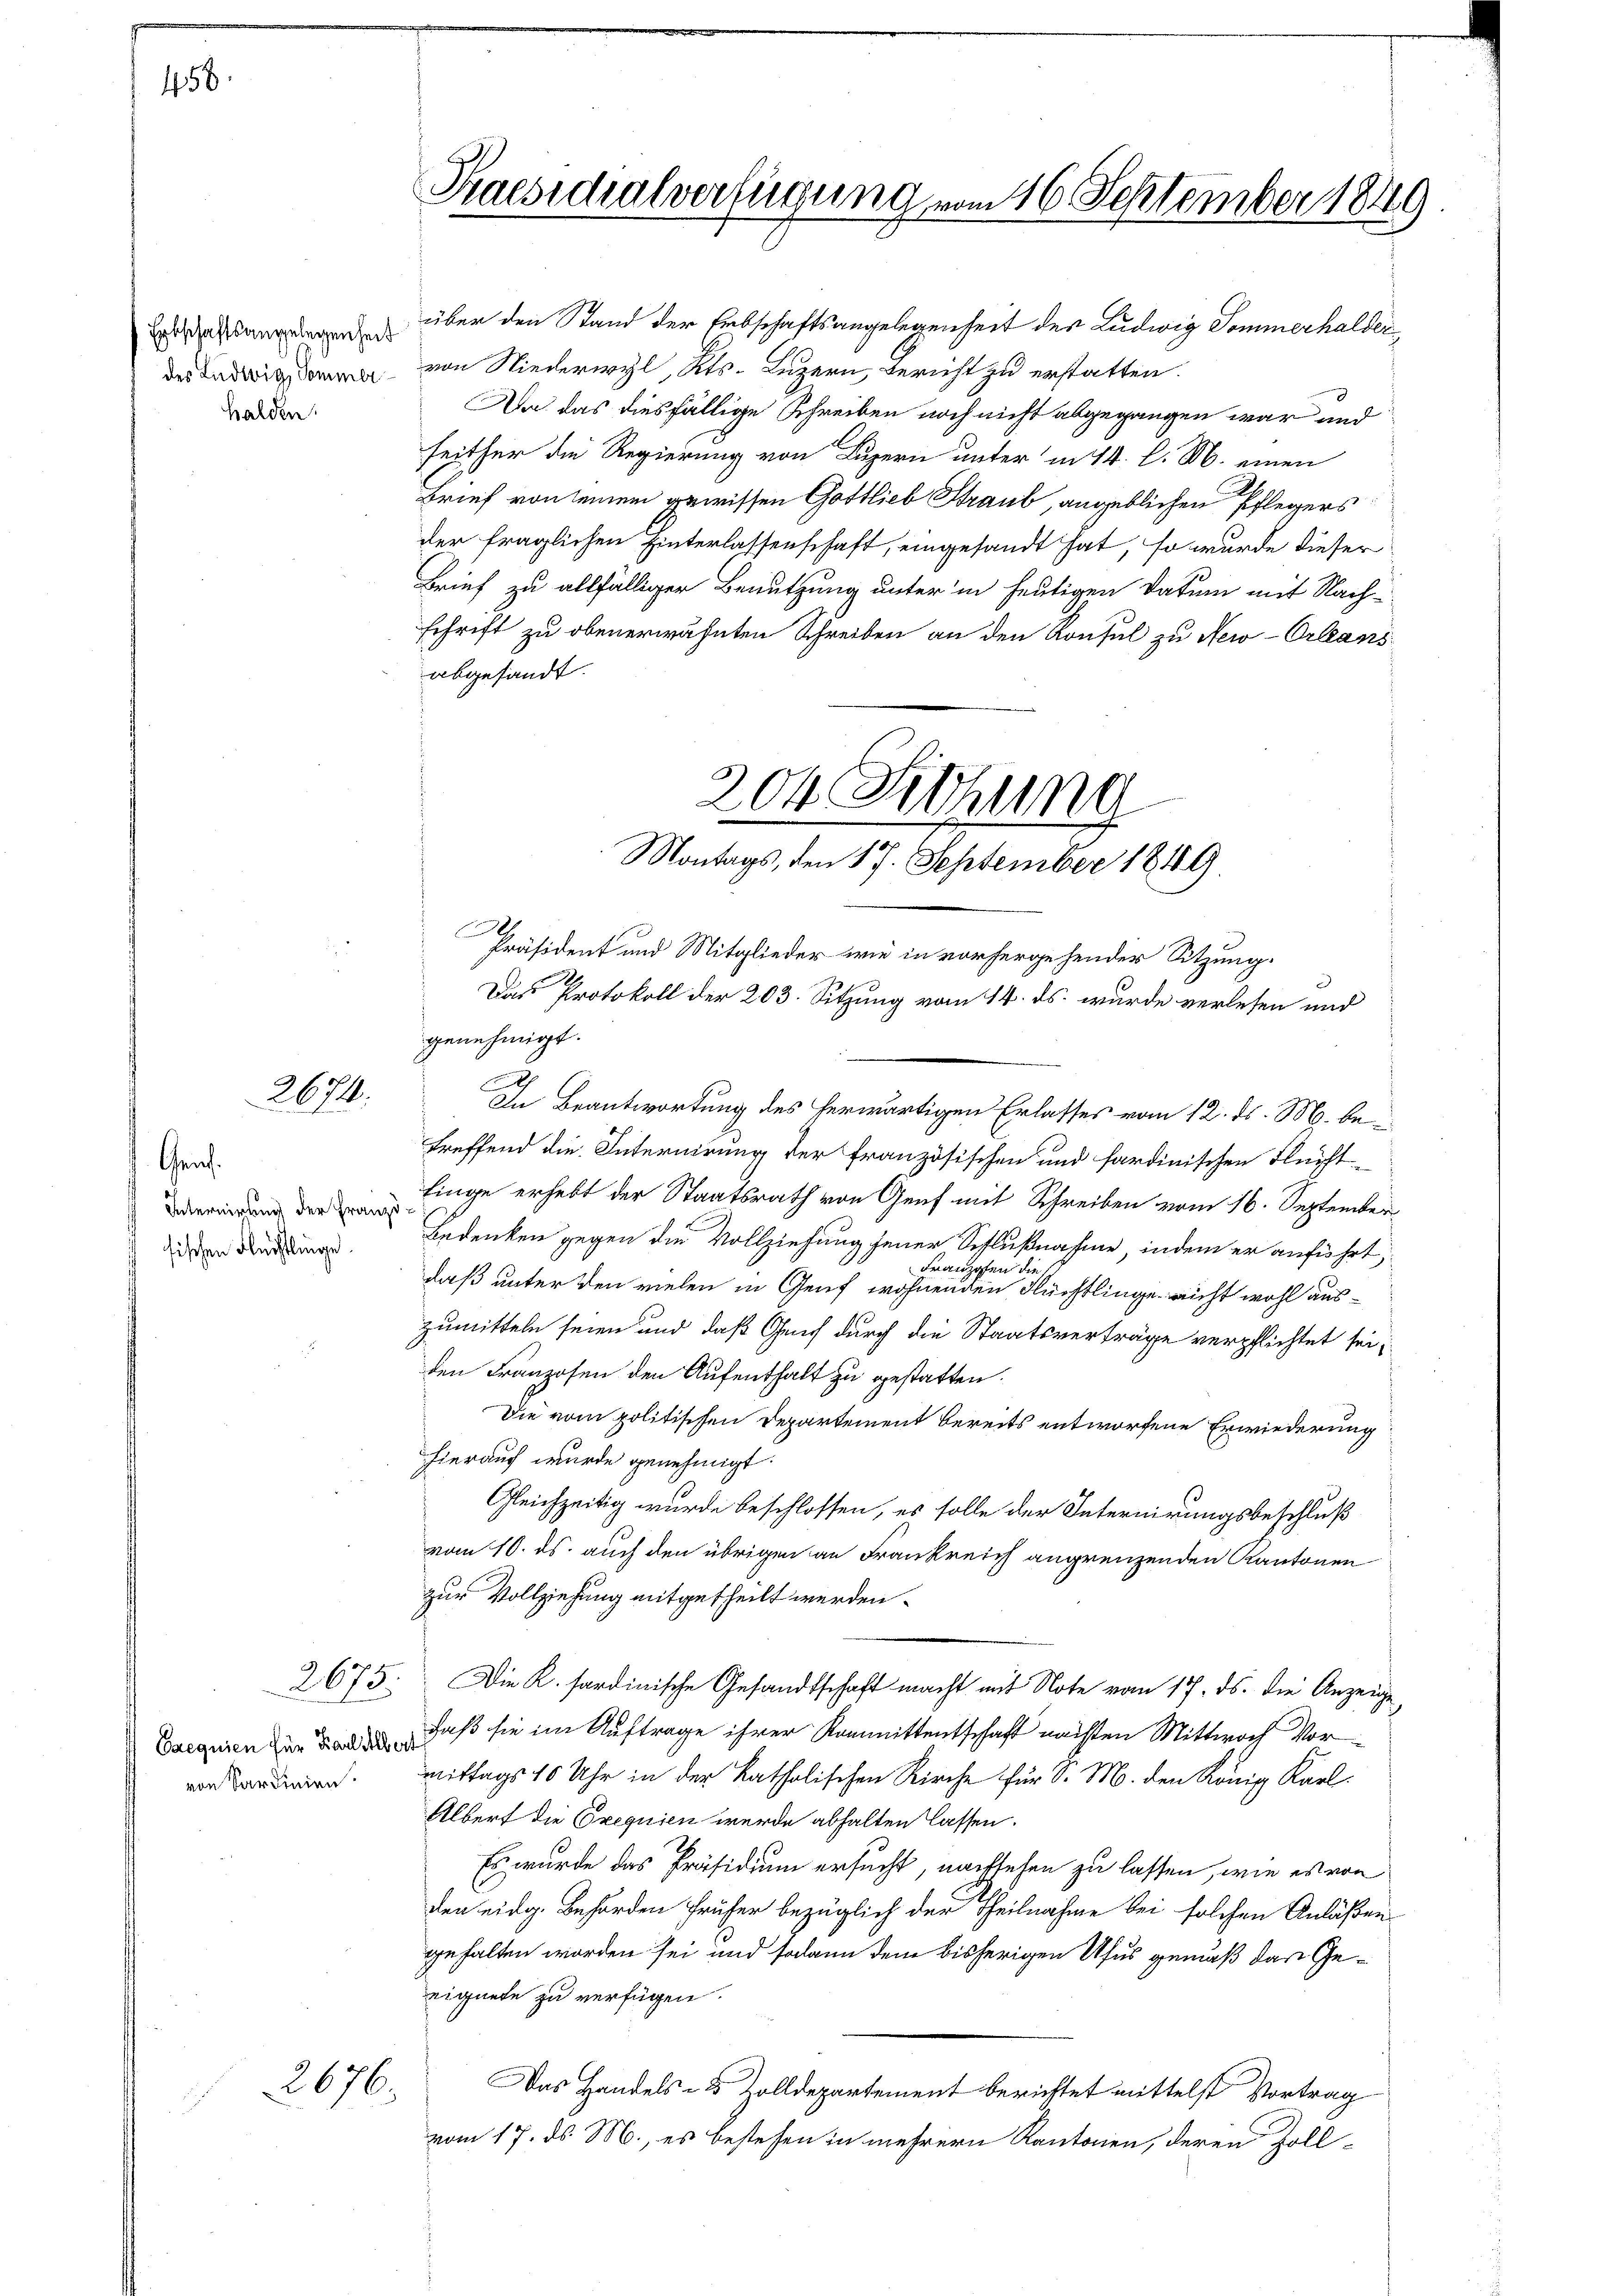
456.

Erbschaftsangelegenheit
des Ludwig, Sommer
Halden.

2674.

Gen.
Internirung der Franzi
sischen Flüchtlinge.

genehmigt.
.
In Beantwortung des herwärtigen Erlasses vom 12. ds. M. betreffend die Internirung der französischen und sardinischen Flüchtfinge erhebt der Staatsrath von Genf mit Schreiben vom 16. September
Bedenken gegen die Vollziehung jener Schlußnahme, indem er anführt,
Franzosen die
daß unter den vielen in Genf wohnenden Flüchtlinge nicht wohl auszumitteln seien und daß Genf durch die Staatsverträge verpflichtet sei;
den Franzosen den Aufenthalt zu gestatten.
Die vom politischen Departement bereits entworfene Erwiederung
hierauf wurde genehmigt.
Gleichzeitig wurde beschlossen, es solle der Internirungsbeschluß
vom 10. ds. auch den übrigen an Frankreich angrenzenden Kantonen
zur Vollziehung mitgetheilt werden.
2675. Die K. sardinische Gesandtschaft macht mit Note vom 17. ds. die Anzeige-
Sacquien und daß sie im Auftrage ihrer Kommittentschaft nachten Mittwoch Vor
mittags 10 Uhr in der katholischen Kirche für d. M. den König Karl.
Albert die Exequien wurde abhalten lassen.
Es wurde das Präsidium ersucht, nachsehen zu lassen, wie es von
den eidg. Behörden früher bezüglich der Theilnahme bei solchen Anläßen
gehalten worden sei und sodann dem bisherigen Usus gemäß das Geeignete zu verfügen.
Das Handels 8 Zolldepartement berichtet mittelst Vortrag
vom 17. ds. M., es bestehen in mehrern Kantonen, deren Zoll¬

von Sardinien.

2676.

Praesidialverfügung vom 16. September 1849

über den Stand der Erbschaftsangelegenheit des Ludwig Sommerhalder
von Niederwyl, Kts. Luzern, Bericht zu erstatten.
Da das diesfällige Schreiben noch nicht abgegangen war und
seither die Regierung von Luzern unter in 14. l. M. einen
Brief von seinem gewissen Gottlieb Straub, angeblichen Pflegers
der fraglichen Hinterlassenschaft, eingesandt hat, so wurde dieser
Brief zu allfälliger Benutzung unter in heutigen Datum mit Nach-
schrift zu obenerwähnten Schreiben an den Konsul zu New-Orleans
abgesandt.

204 Jichung
Montags, den 17. September 1849.
Präsident und Mitglieder wie in vorhergehender Sitzung.
Das Protokoll der 203. Sitzung vom 14. ds. wurde verlesen und